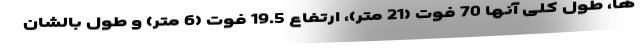
ها، طول کلی آنها 70 فوت (21 متر)، ارتفاع 19.5 فوت (6 متر) و طول بالشان